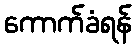
ကောက်ခံရန်